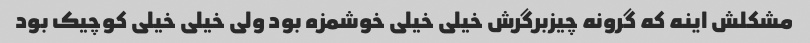
مشکلش اینه که گرونه چیزبرگرش خیلی خیلی خوشمزه بود ولی خیلی خیلی کوچیک بود